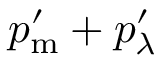
p _ { \mathrm { m } } ^ { \prime } + p _ { \lambda } ^ { \prime }